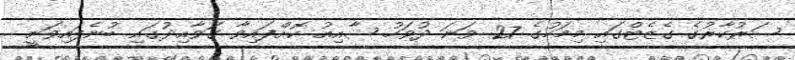
ސަރުކާރުގެ ގެޒެޓްގައި މިމަހުގެ 27 ވަނަ ދުވަހު ޝާއިއު ކޮށްފައިވާ ގަވާއިދުގައި ބުނެފައިވަނީ